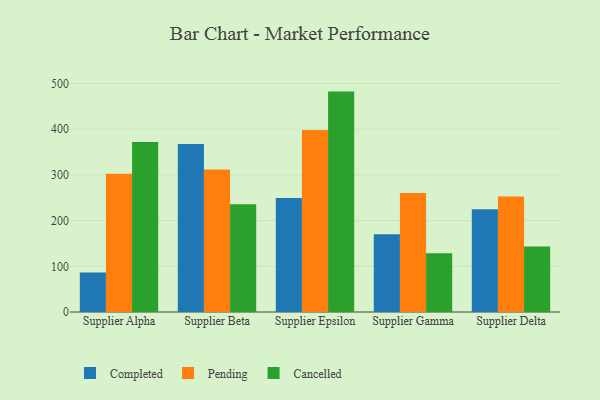
{"axis": {"x": "Supplier", "y": "Churn Rate (%)"}, "legend": ["Cancelled", "Completed", "Pending"], "data": [{"x": "Supplier Alpha", "y": 86.6, "type": "Completed"}, {"x": "Supplier Alpha", "y": 302.7, "type": "Pending"}, {"x": "Supplier Alpha", "y": 372.2, "type": "Cancelled"}, {"x": "Supplier Beta", "y": 367.5, "type": "Completed"}, {"x": "Supplier Beta", "y": 311.7, "type": "Pending"}, {"x": "Supplier Beta", "y": 235.9, "type": "Cancelled"}, {"x": "Supplier Epsilon", "y": 249.6, "type": "Completed"}, {"x": "Supplier Epsilon", "y": 398.3, "type": "Pending"}, {"x": "Supplier Epsilon", "y": 482.4, "type": "Cancelled"}, {"x": "Supplier Gamma", "y": 170.2, "type": "Completed"}, {"x": "Supplier Gamma", "y": 260.3, "type": "Pending"}, {"x": "Supplier Gamma", "y": 128.4, "type": "Cancelled"}, {"x": "Supplier Delta", "y": 225.0, "type": "Completed"}, {"x": "Supplier Delta", "y": 253.0, "type": "Pending"}, {"x": "Supplier Delta", "y": 143.5, "type": "Cancelled"}]}